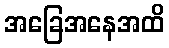
အခြေအနေအထိ